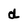
Character: d